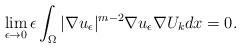
LaTeX: \begin{align*}\lim_{\epsilon \rightarrow 0} \epsilon \int_{\Omega} |\nabla u_{\epsilon}|^{m-2}\nabla u_{\epsilon} \nabla U_{k} dx = 0.\end{align*}